EAOK_Mustjala_kogudus, lk 6
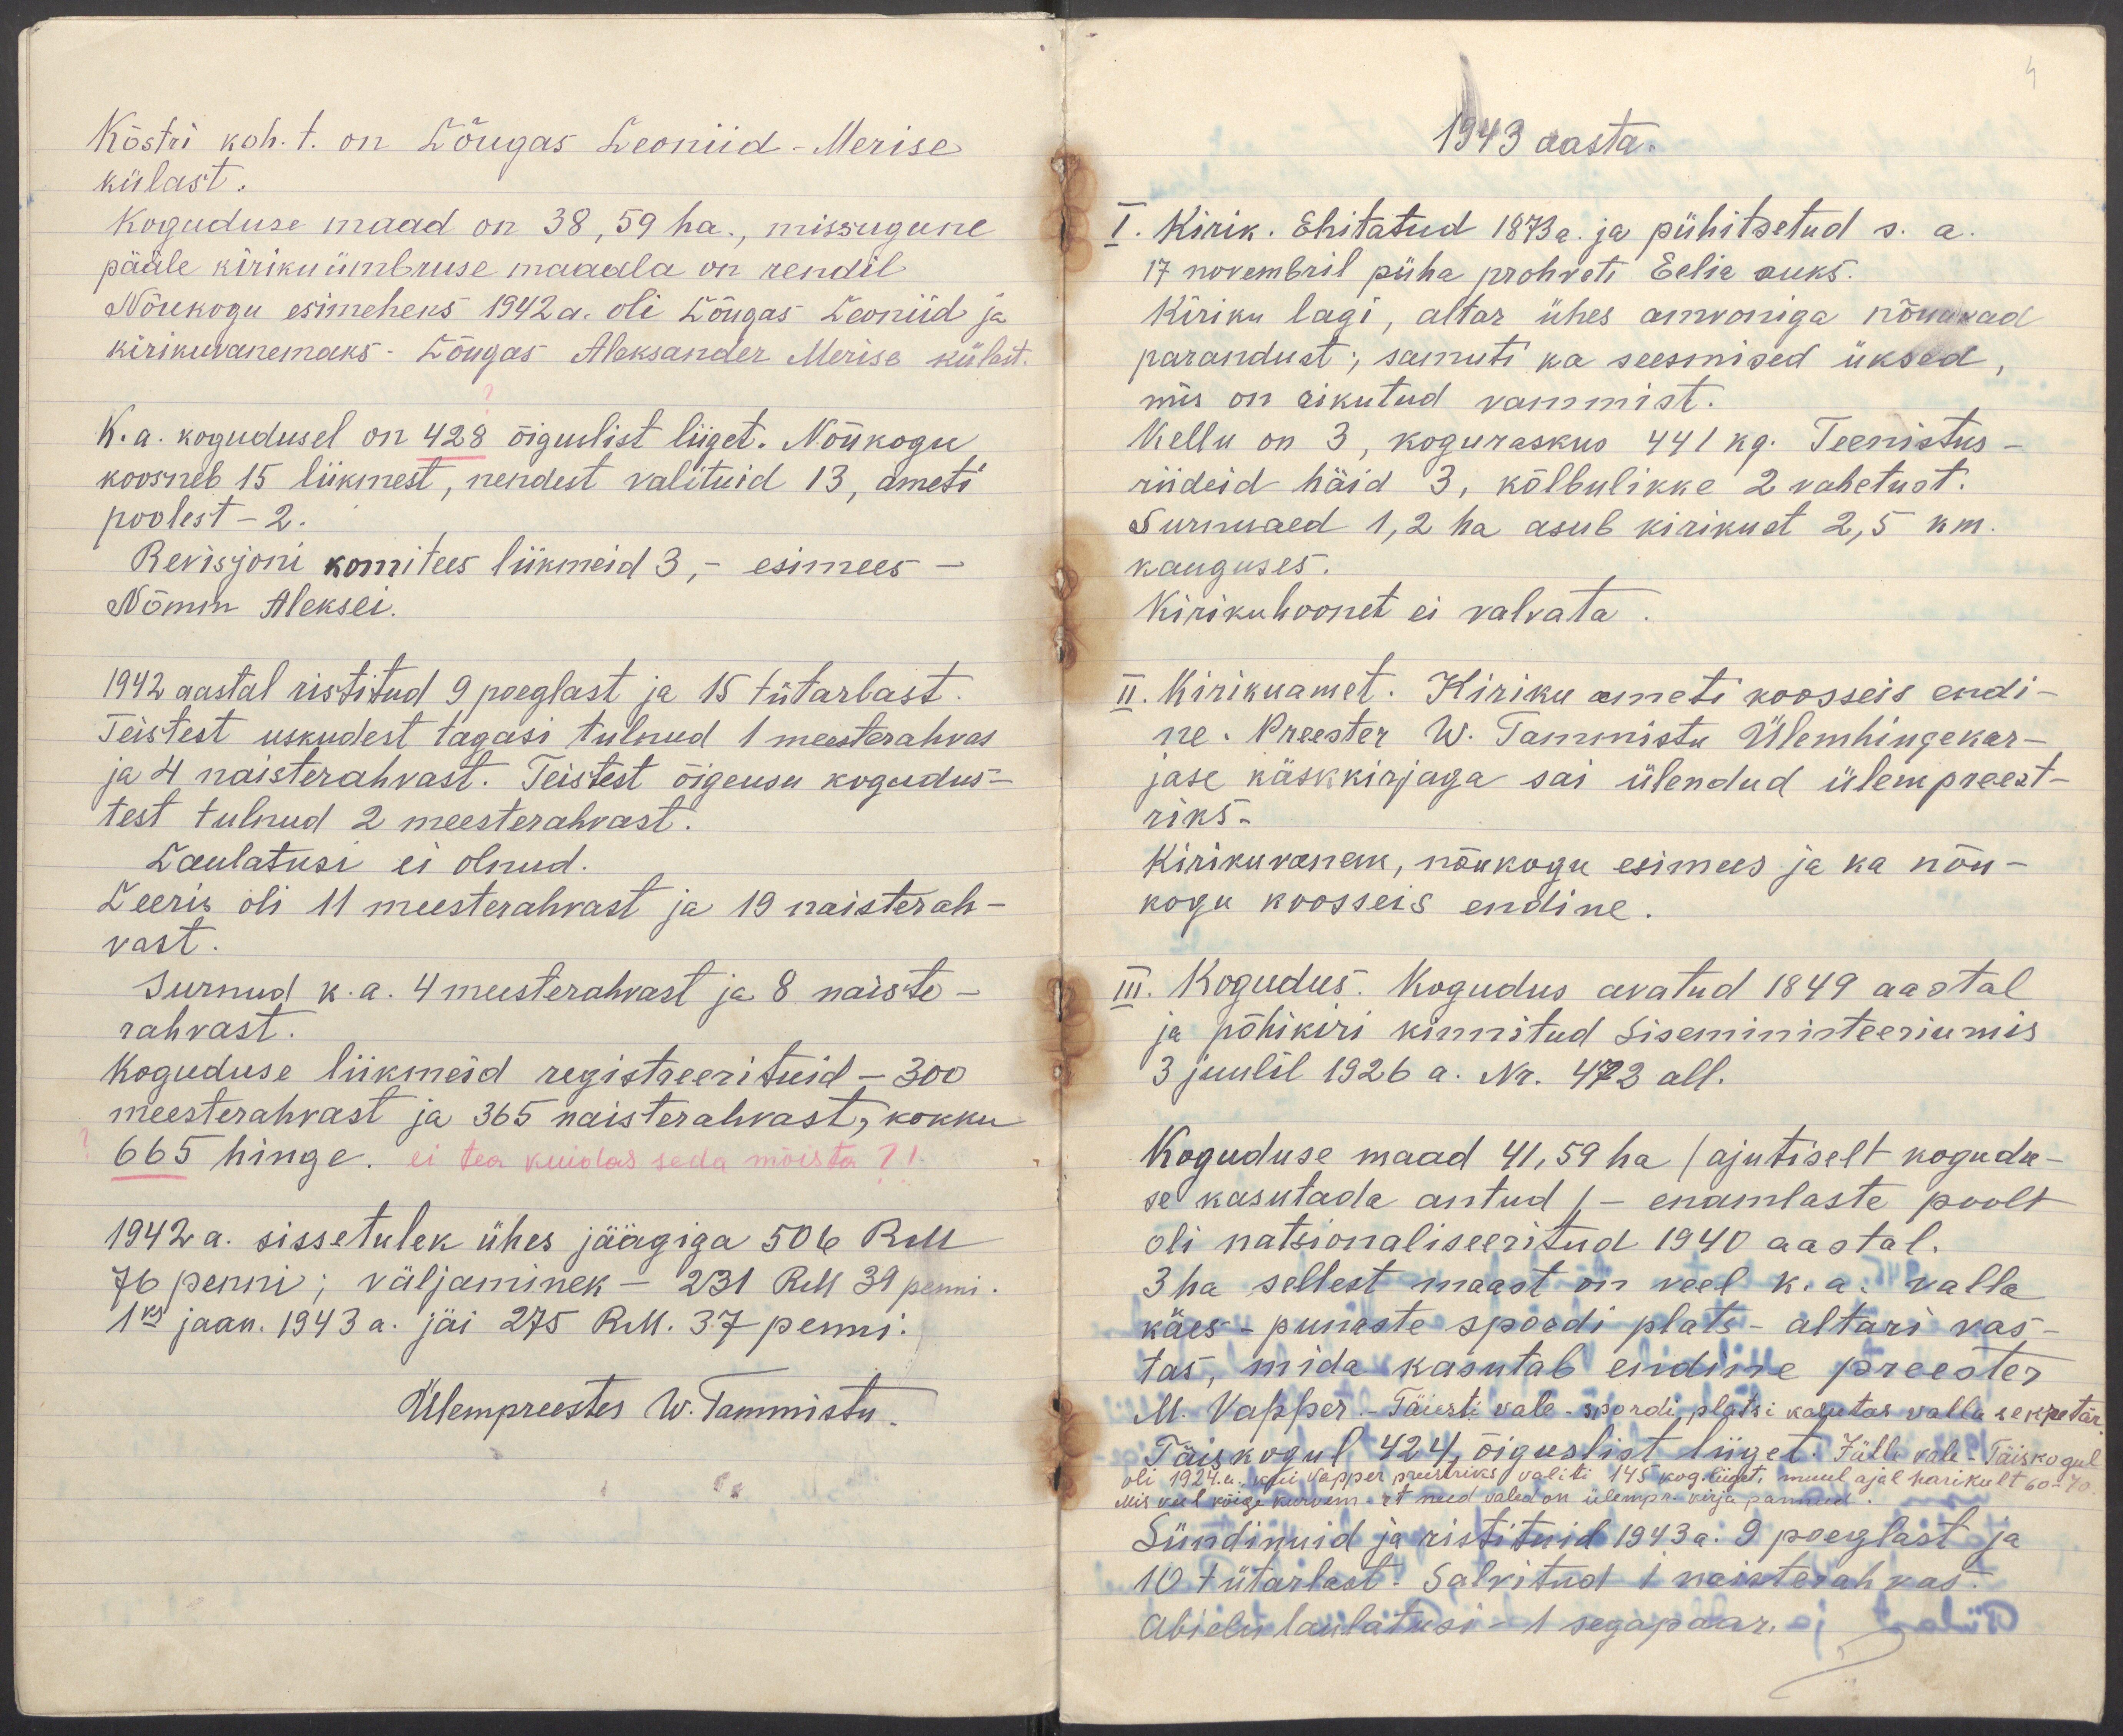
Köstri koh. t. on Lõugas Leoniid - Merise
külast.
Koguduse maad on 38, 59 ha., missugune
pääle kiriku ümbruse maaala on rendil
Nõukogu esimeheks 1942 a. oli Lõugas Leoniid ja
kirikuvanemaks - Lõugas Aleksander Merise külast.
K. a. kogudusel on 428 õiguslist liiget. Nõukogu
koosneb 15 liikmest, nendest valituid 13, ameti
poolest - 2.
Revisjoni komitees liikmeid 3, - esimees -
Nõmm Aleksei.
1942 aastal ristitud 9 poeglast ja 15 tütarlast.
Teistest uskudest tagasi tulnud 1 meesterahvas
ja 4 naisterahvast. Teistest õigeusu kogudus-
test tulnud 2 meesterahvast.
Laulatusi ei olnud.
Leeris oli 11 meesterahvast ja 19 naisterah-
vast.
Surnud k.a. 4 meesterahvast ja 8 naiste-
rahvast.
Koguduse liikmeid registreerituid - 300
meesterahvast ja 365 naisterahvast, kokku
665 hinge. ei tea kuidas seda mõista?!
1942 a. sissetulek ühes jäägiga 506 RM
76 penni; väljaminek - 231 RM 39 penni.
1ks jaan. 1943 a. jäi 275 RM. 37 penni.
Ülempreester W. Tammistu.

1943 aasta.
I. Kirik. Ehitatud 1873a. ja pühitsetud s.a.
17 novembril püha prohveti Eelia auks.
Kiriku lagi, altar ühes amvoniga nõuavad
parandust; samuti ka seesmised üksed,
mis on rikutud vammist.
Kellu on 3, koguraskus 441 kg. Teenistus-
riideid häid 3, kõlbulikke 2 vahetust.
Surnuaed 1,2 ha asub kirikust 2,5 km.
kauguses.
Kirikuhoonet ei valvata.
II. Kirikuamet: Kiriku ameti koosseis endi-
ne. Preester W. Tammistu Ülemhingekar-
jase käskkirjaga sai ülendud ülempreest-
riks.
Kirikuvanem, nõukogu esimees ja ka nõu-
kogu koosseis endine.
III. Kogudus. Kogudus avatud 1849 aastal
ja põhikiri kinnitud Siseministeeriumis
3 juulil 1926 a. Nr. 472 all.
Koguduse maad 41,59 ha (ajutiselt kogudu-
se kasutada antud) - enamlaste poolt
oli natsionaliseeritud 1940 aastal.
3 ha sellest maast on veel k. a. valla
käes - punaste spordi plats - altari vas-
tas, mida kasutab endine preester
M. Vapper. - Täiesti vale - spordi platsi kasutas valla sekretär.
Täiskogul 424 õiguslist liiget. Jälle vale - Täiskogul
oli 1924.a. kui Vapper preestriks valiti 145 kog. liiget, muul ajal harikult 60-70
Mis veel kõige kurvem - et need valed on ülempr. kirja pannud.
Sündinuid ja ristituid 1943 a. 9 poeglast ja
10 tütarlast. Salvitud 1 naisterahvas.
Abielu laulatusi - 1 segapaar.